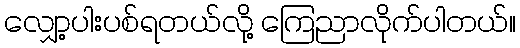
လျှော့ပါးပစ်ရတယ်လို့ ကြေညာလိုက်ပါတယ်။